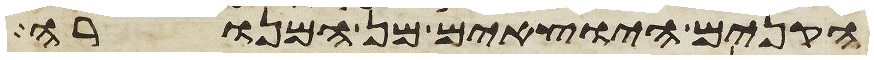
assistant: הקנים היוצאים מן המנורה